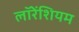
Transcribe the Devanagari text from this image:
लॉरेंशियम